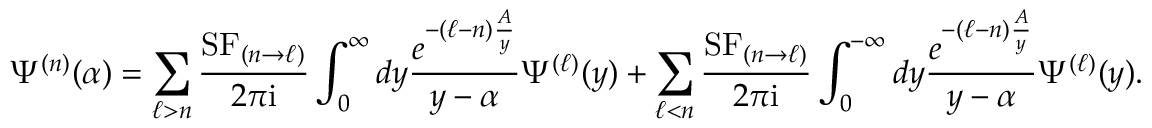
\Psi ^ { ( n ) } ( \alpha ) = \sum _ { \ell > n } \frac { \mathrm { S F } _ { ( n \to \ell ) } } { 2 \pi \mathrm { i } } \int _ { 0 } ^ { \infty } d y \frac { e ^ { - ( \ell - n ) \frac { A } { y } } } { y - \alpha } \Psi ^ { ( \ell ) } ( y ) + \sum _ { \ell < n } \frac { \mathrm { S F } _ { ( n \to \ell ) } } { 2 \pi \mathrm { i } } \int _ { 0 } ^ { - \infty } d y \frac { e ^ { - ( \ell - n ) \frac { A } { y } } } { y - \alpha } \Psi ^ { ( \ell ) } ( y ) .